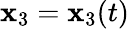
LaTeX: {\mathbf x}_{3}={\mathbf x}_{3}(t)